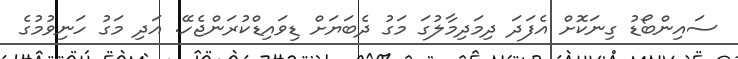
ސައިންބޯޑު ގިނަކޮށް އެފަދަ ދިމަދިމާލުގަ މަގު ދެބަޔަށް ޑިވައިޑްކުރަންޖެހޭ. އަދި މަގު ހަނިވުމުގެ